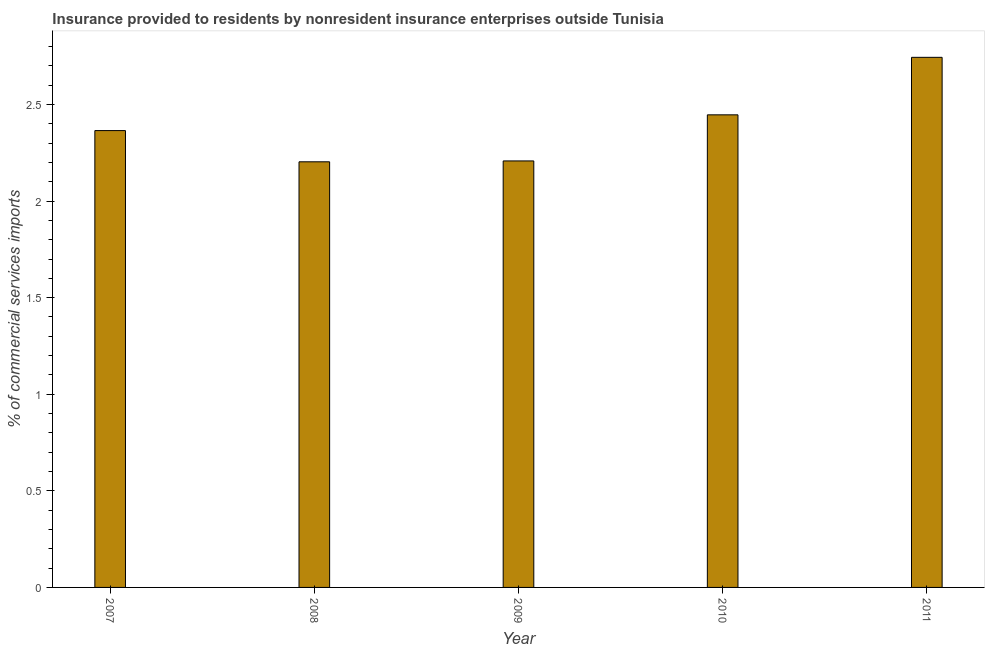
| Year | Insurance provided by non-residents |
 | --- | --- |
 | 2007 | 2.36 |
 | 2008 | 2.2 |
 | 2009 | 2.21 |
 | 2010 | 2.45 |
 | 2011 | 2.74 |